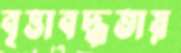
বৃত্তাবদ্ধতায়